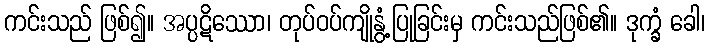
ကင်းသည် ဖြစ်၍။ အပ္ပဋိဿော၊ တုပ်ဝပ်ကျိုနွံ့ပြုခြင်းမှ ကင်းသည်ဖြစ်၏။ ဒုက္ခံ ခေါ၊